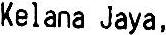
KELANA JAYA,